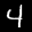
Label: 4